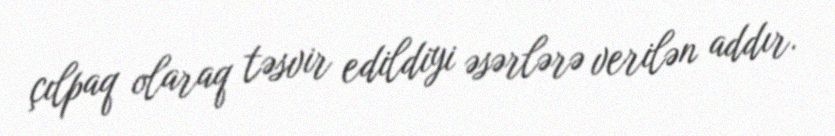
çılpaq olaraq təsvir edildiyi əsərlərə verilən addır.